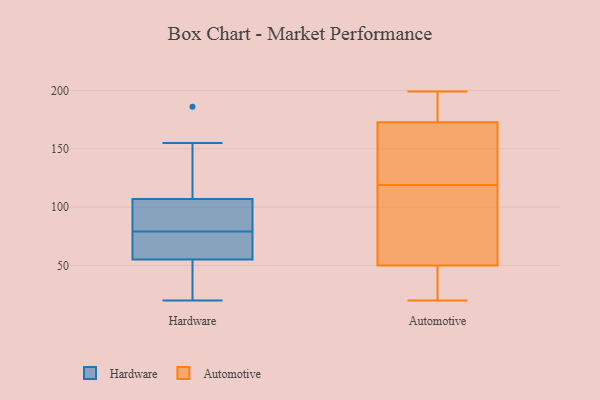
{"axis": {"x": "Conversion Rate (%)", "y": "Value"}, "legend": ["Automotive", "Hardware"], "data": [{"x": "", "y": 54, "type": "Hardware"}, {"x": "", "y": 111, "type": "Hardware"}, {"x": "", "y": 55, "type": "Hardware"}, {"x": "", "y": 55, "type": "Hardware"}, {"x": "", "y": 66, "type": "Hardware"}, {"x": "", "y": 46, "type": "Hardware"}, {"x": "", "y": 155, "type": "Hardware"}, {"x": "", "y": 103, "type": "Hardware"}, {"x": "", "y": 72, "type": "Hardware"}, {"x": "", "y": 130, "type": "Hardware"}, {"x": "", "y": 91, "type": "Hardware"}, {"x": "", "y": 98, "type": "Hardware"}, {"x": "", "y": 186, "type": "Hardware"}, {"x": "", "y": 86, "type": "Hardware"}, {"x": "", "y": 59, "type": "Hardware"}, {"x": "", "y": 20, "type": "Hardware"}, {"x": "", "y": 34, "type": "Automotive"}, {"x": "", "y": 94, "type": "Automotive"}, {"x": "", "y": 182, "type": "Automotive"}, {"x": "", "y": 20, "type": "Automotive"}, {"x": "", "y": 199, "type": "Automotive"}, {"x": "", "y": 189, "type": "Automotive"}, {"x": "", "y": 89, "type": "Automotive"}, {"x": "", "y": 133, "type": "Automotive"}, {"x": "", "y": 145, "type": "Automotive"}, {"x": "", "y": 119, "type": "Automotive"}, {"x": "", "y": 37, "type": "Automotive"}]}